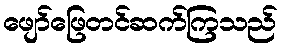
ဖျော်ဖြေတင်ဆက်ကြသည်